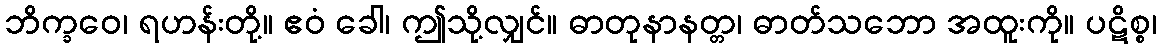
ဘိက္ခဝေ၊ ရဟန်းတို့။ ဧဝံ ခေါ၊ ဤသို့လျှင်။ ဓာတုနာနတ္တ၊ ဓာတ်သဘော အထူးကို။ ပဋိစ္စ၊